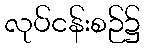
လုပ်ငန်းစဉ်၌